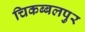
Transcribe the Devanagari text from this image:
चिकब्बलपुर